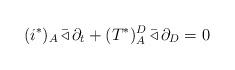
LaTeX: \begin{align*}(i^{\ast})_{A}\,\bar{\triangleleft}\,\partial_{t}+(T^{\ast})_{A}^{D}\,\bar{\triangleleft}\,\partial_{D}=0\end{align*}